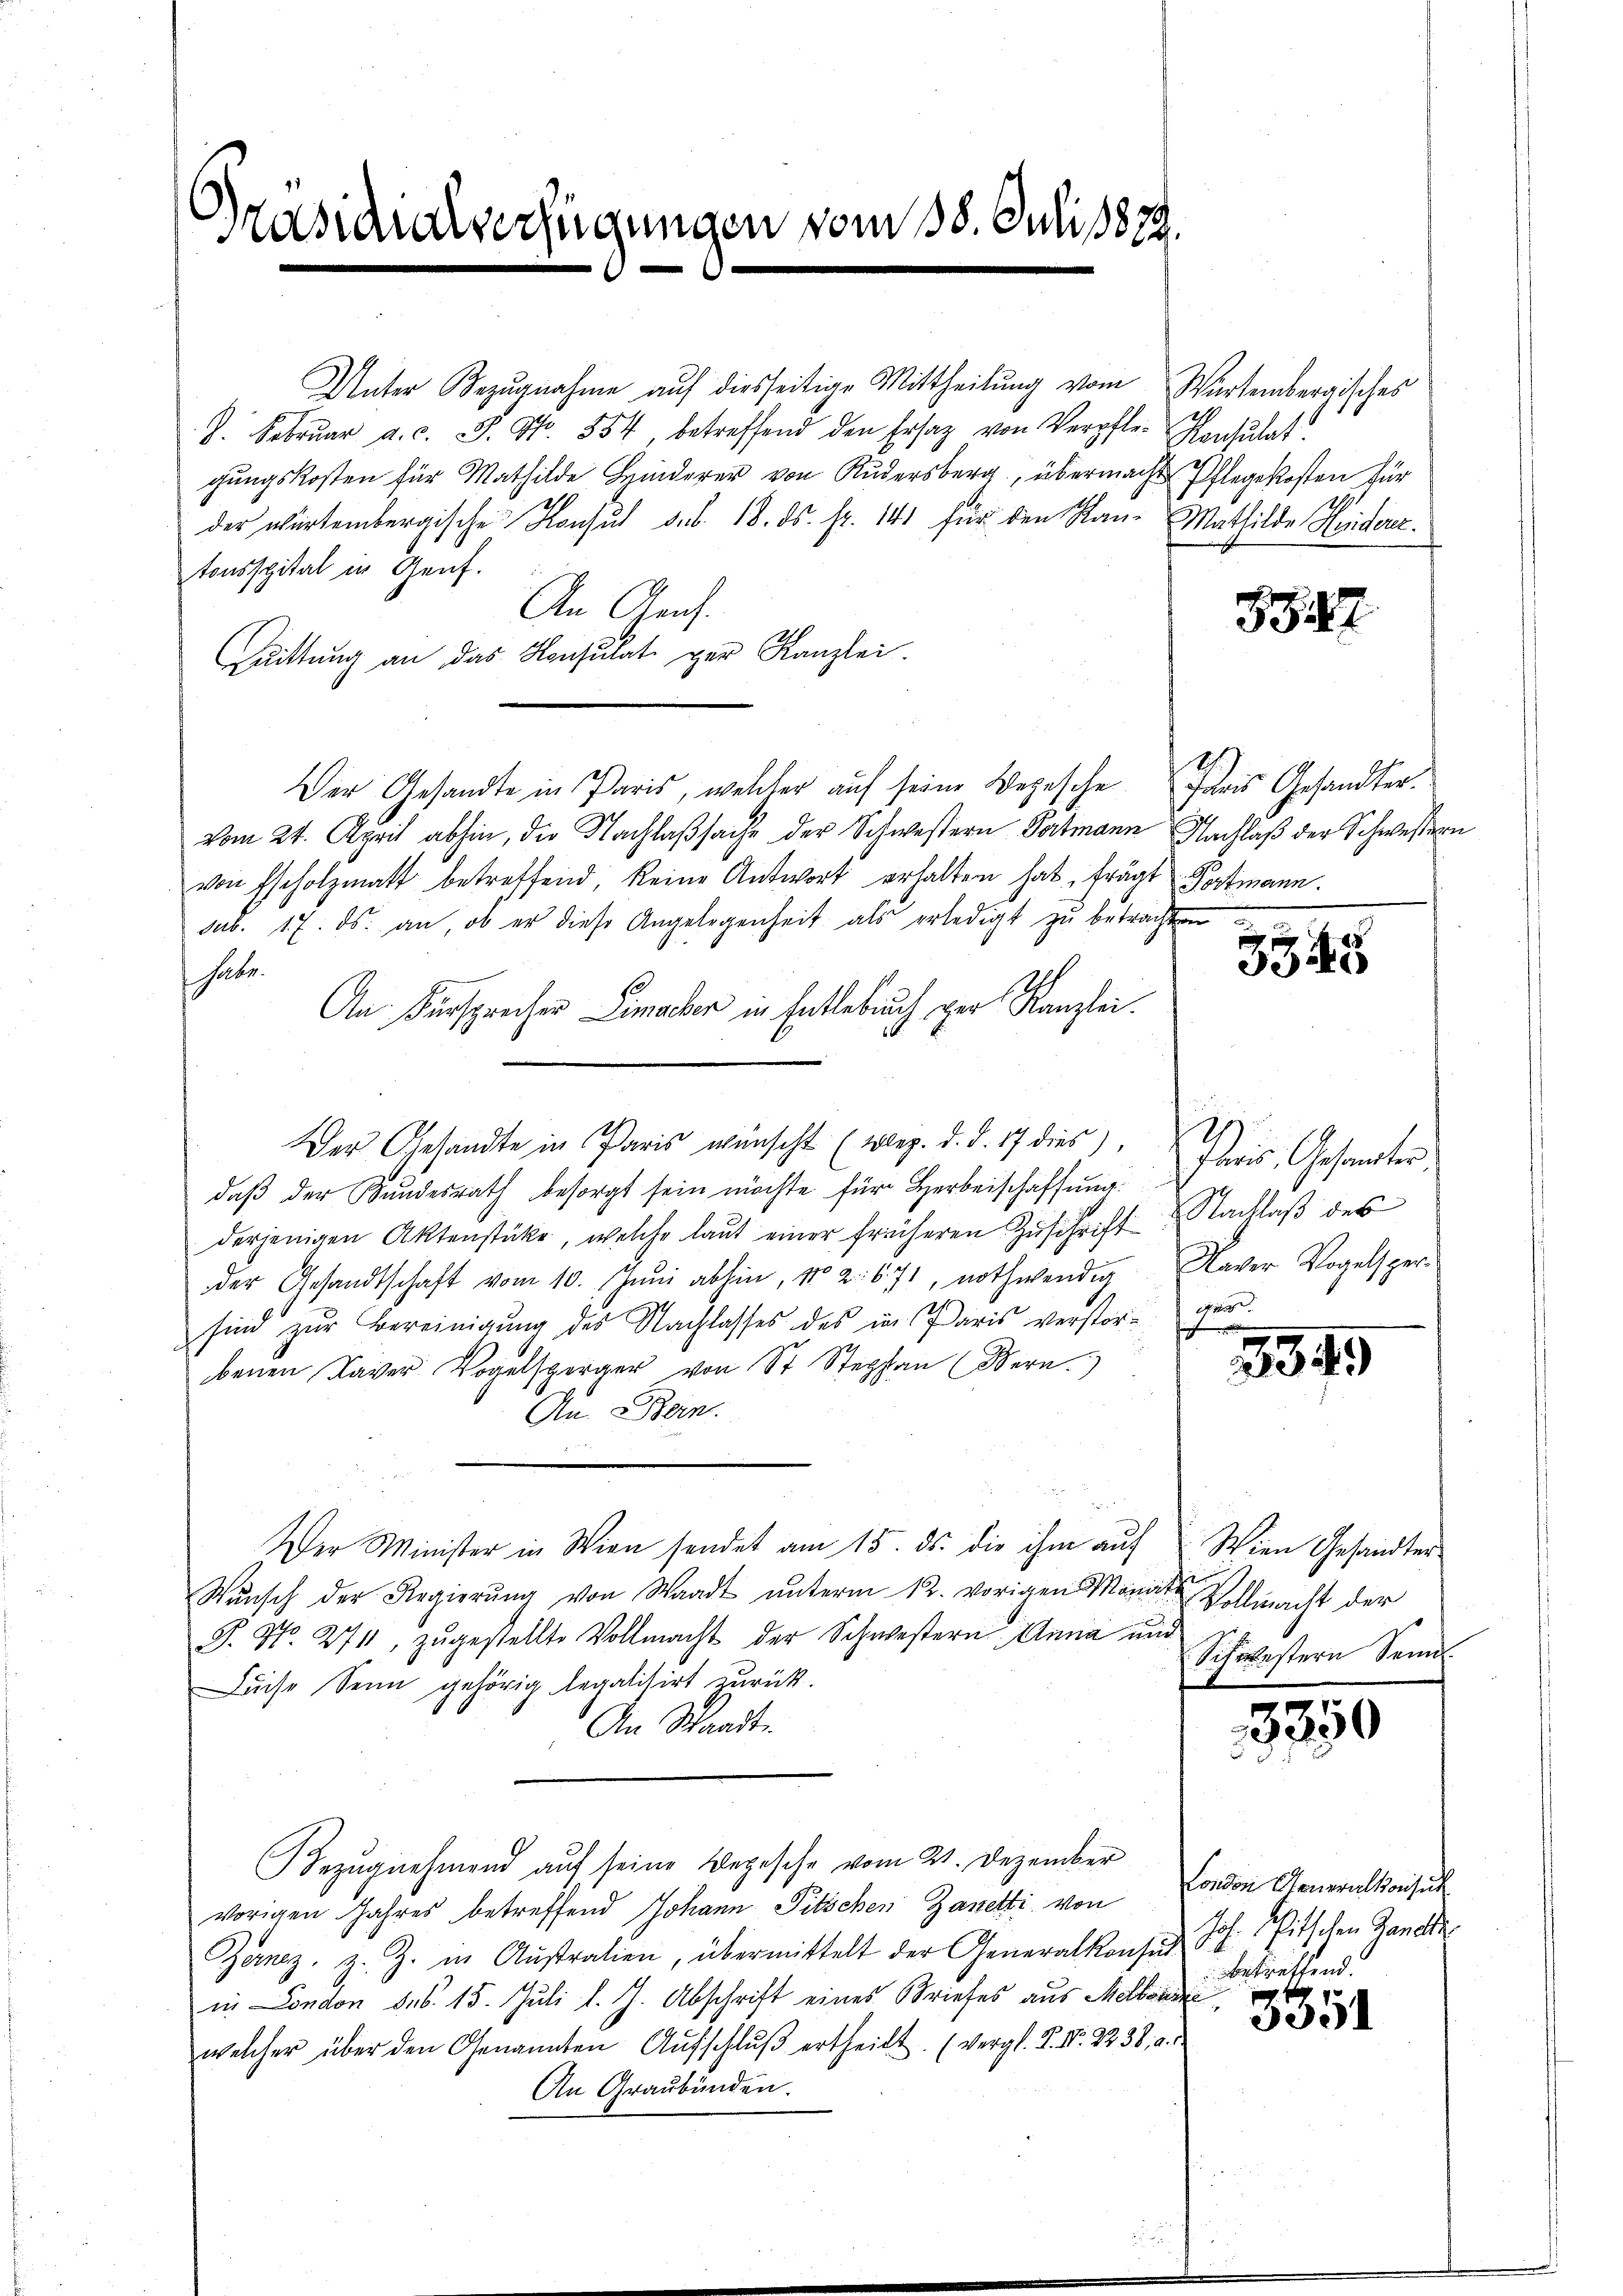
Präsidialverfügungen vom 18. Juli 1879

J. Febrŭar a. c. J. N. 554, betreffend den Ersatz von Verpfle-Konsulat
gungskosten für Mathilde Hinderer von Rudersberg, übermacht Pflegekosten für
2
der würtembergische Konsul d. d. 18. ds. fr. 141 für den Ran- Mathilde Hinderer.
tonsspital in Genf.
An Gans.
Cuittung an das Konsulat zur Kanzlei.
Der Gesandte in Paris, welcher auf seine Depesche Paris Gesandter.
vom 24. April abhin, die Nachlaßsache der Schwestern Partmann Nachlaß der Schwestern
von Escholzmatt betreffend, keine Antwort erhalten hat, frägt Portmann.
sub. 17. ds. an, ob er diese Angelegenheit als erledigt zu betrachten
habe.
An Fürsprecher Limacher in Entlebuch der Kanzlei.
daß der Bundesrath besorgt sein möchte für Herbeischaffung
derjenigen Aktenstücke, welche laut einer früheren Zuschrift Nachlaß des
der Gesandtschaft vom 10. Jŭni abhin, No 2. 671, nothwendig Naver Vogelsper-
sind zŭr Bereinigung des Nachlasses des in Paris verstor-
benen Taver Vogelsperger von St. Stephan (Bern)
An Bern.
Der Minister in Wien sendet am 15. ds. die ihm auf
Wŭnsch der Regierŭng von Waadt unterm 12. vorigen Monate Vollmacht der
P. Nr. 2711, zugestellte Vollmacht der Schwestern Anna und
Läche Senn gehörig legalitirt zurück.
An Waadt.
Bezugnehmend auf seine Depesche vom 21. Dezember
vorigen Jahres betreffend Johann Pitschen Zanetti von
Zenez, z. Z. in Aŭstration, übermittelt der Generalkonses Joh. Pitschen Hande
in London des 15. Juli l. J. Abschrift eines Briefes aus Melodi
welcher über den Genannten Aŭfschlŭβ ertheilt. (vergl. P. Nr. 2238, a. d
An Graubünden.

Unter Bezugnahme auf diesseitige Mittheilung vom Würtembergisches

Der Gesandte in Paris wünscht (weg. d. d. 17 dies). Das Gesandter

8347

3345

3349

Wien Gesandter
Schwestern Seni

3350

London Monarulkonsul
betreffend.

3351